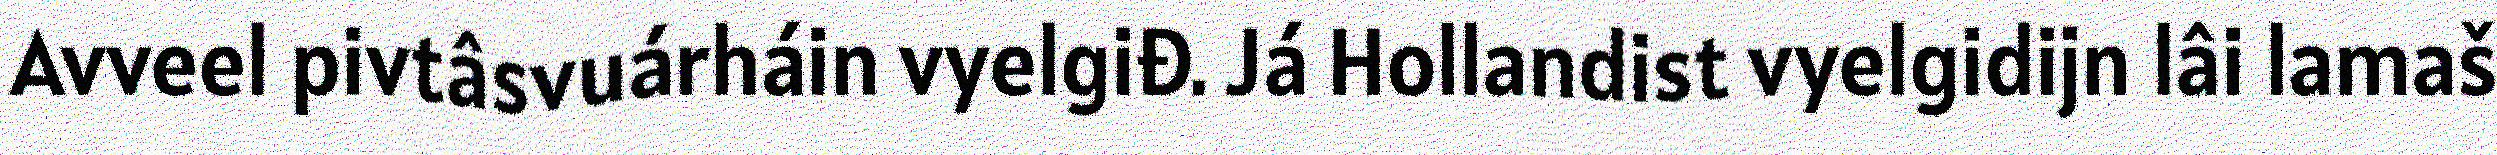
Avveel pivtâsvuárháin vyelgiđ. Já Hollandist vyelgidijn lâi lamaš